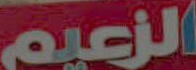
الزعيم